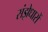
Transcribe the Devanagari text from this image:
संझेधारों